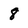
Character: 8